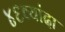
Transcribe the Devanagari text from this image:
४६व्यांदा